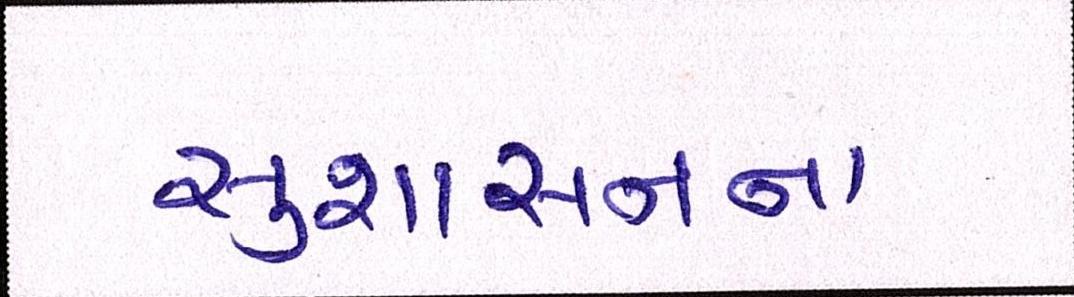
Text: સુશાસનના